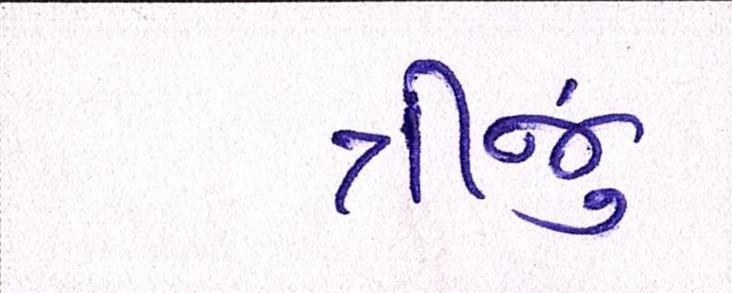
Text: ત્રીજું